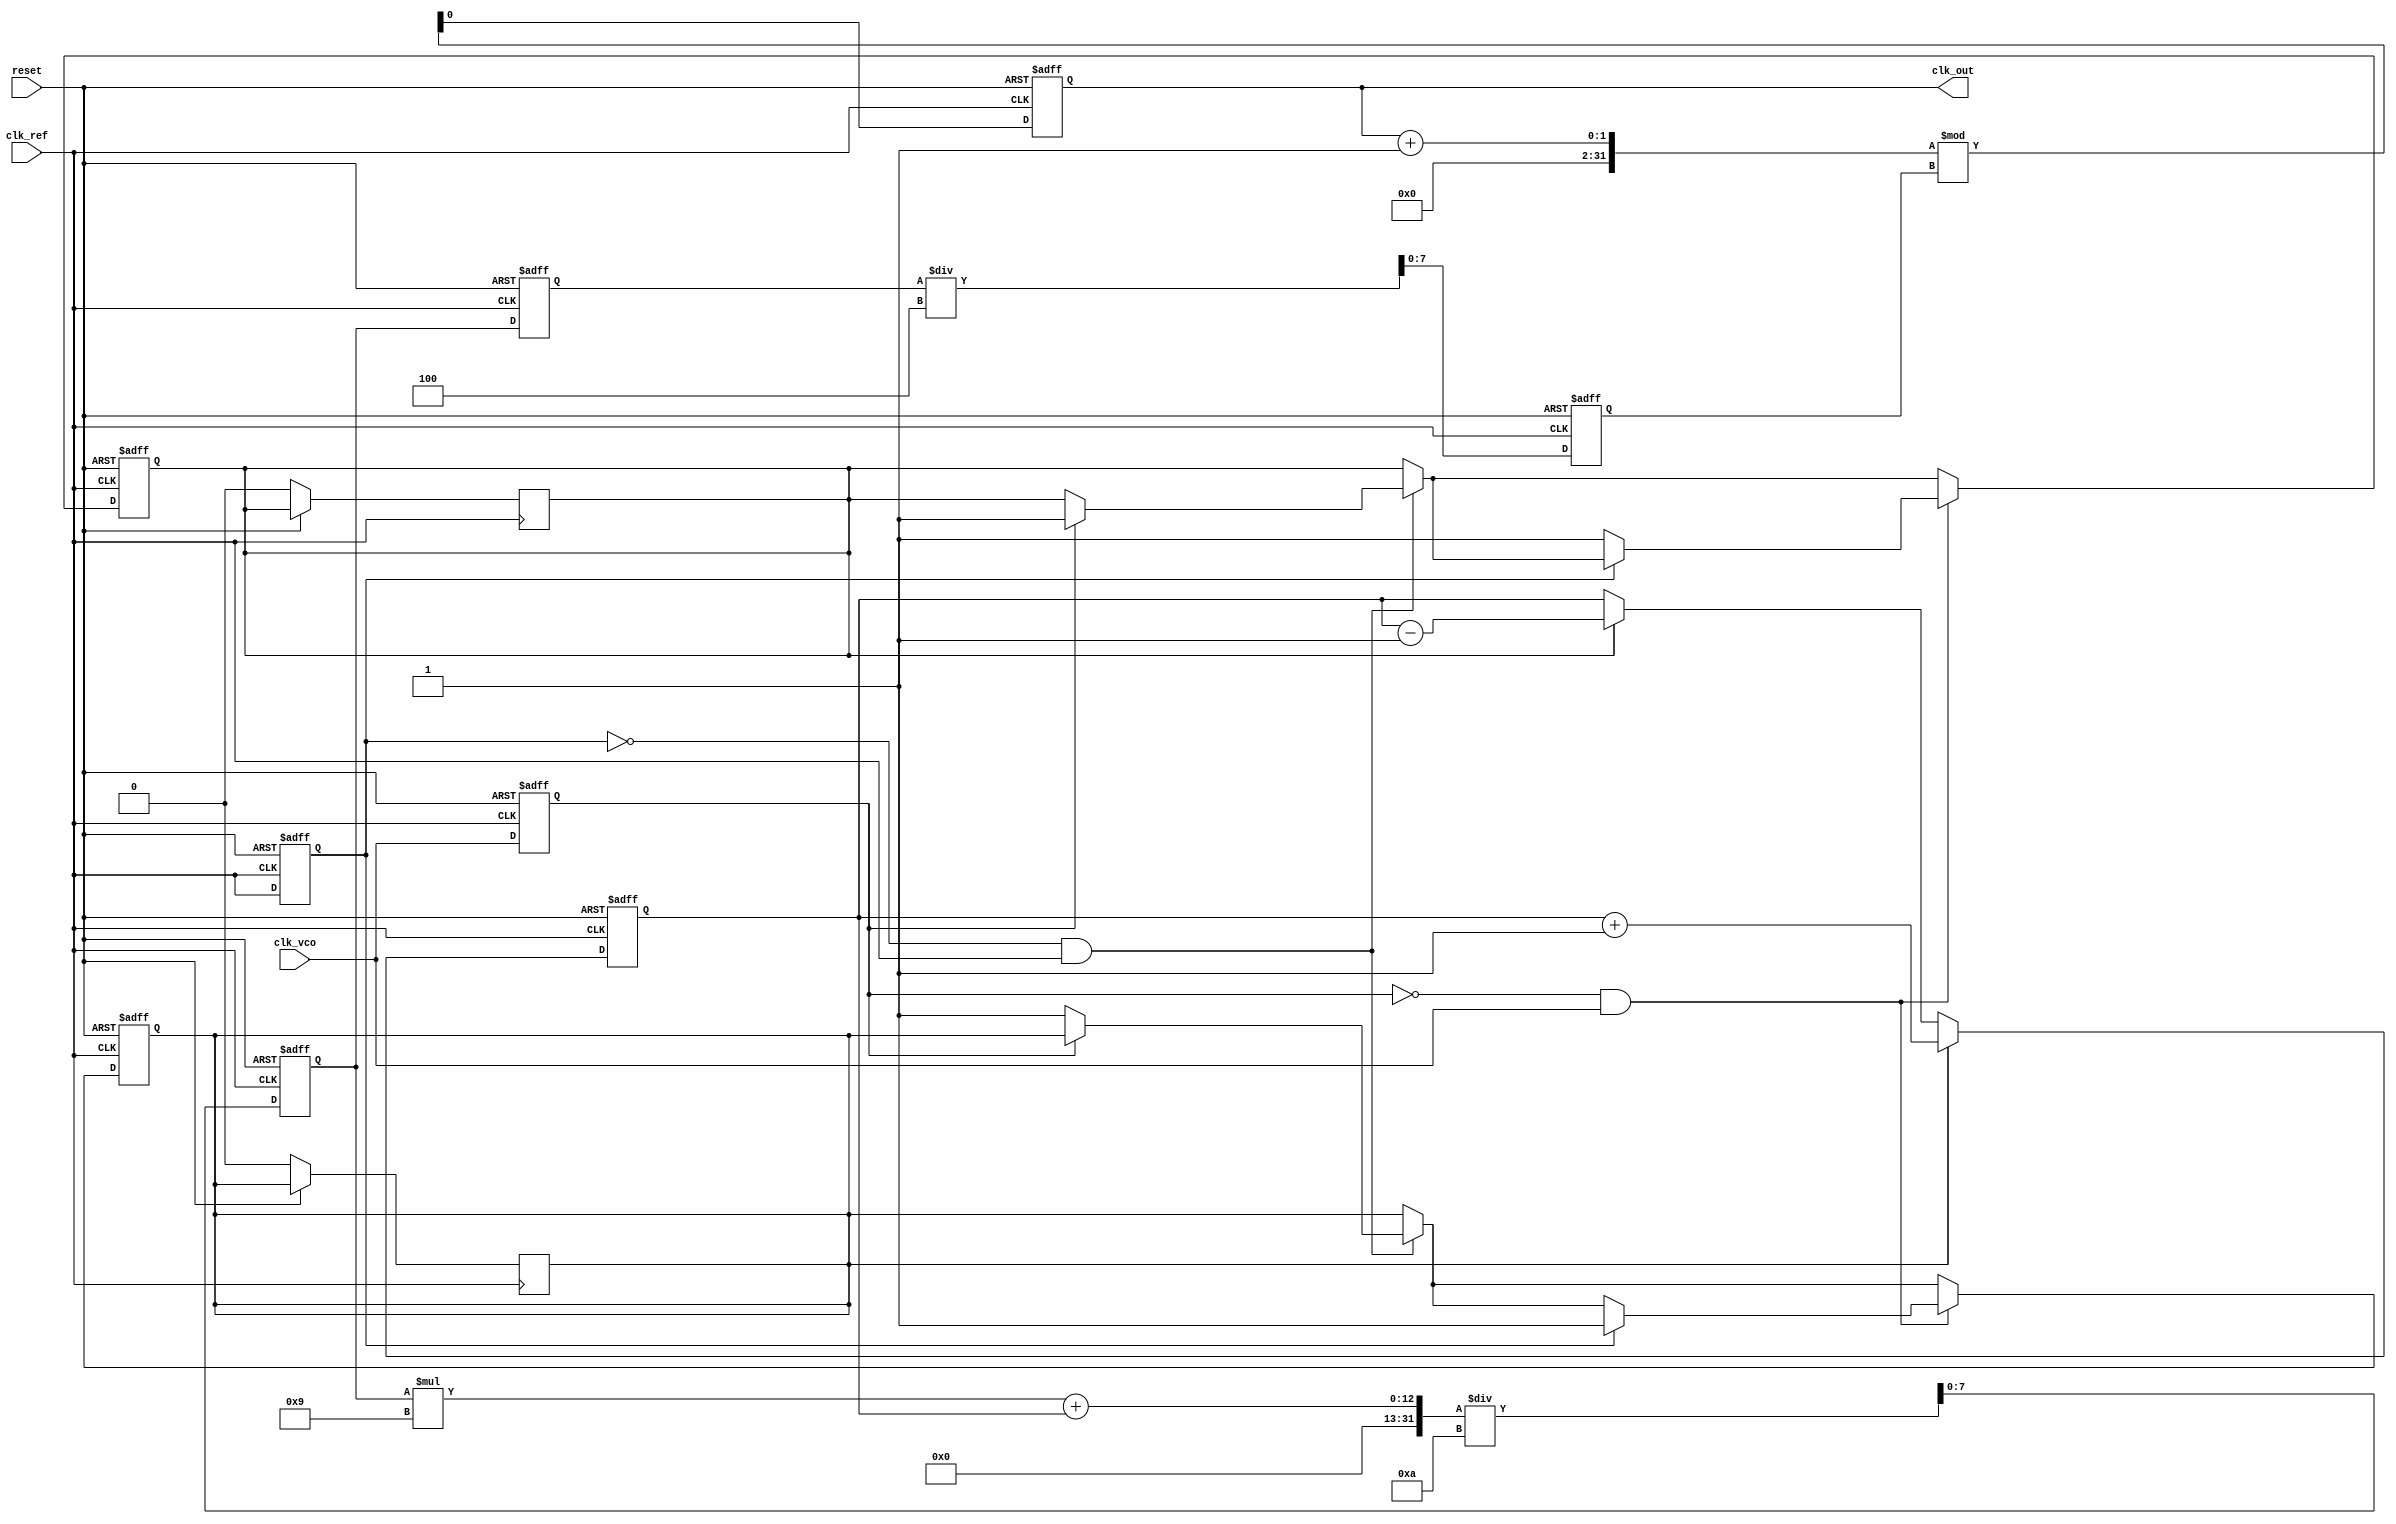
module cp_pll (
    input wire clk_ref,        // Reference clock input
    input wire clk_vco,        // VCO clock output (feedback)
    input wire reset,          // Asynchronous reset
    output reg clk_out         // Output clock
);

// Parameters for the PLL
parameter N = 4;              // VCO division factor
parameter CP_CURRENT = 1;     // Charge pump current (arbitrary units)
parameter LF_TIME_CONSTANT = 10; // Loop filter time constant

// PFD signals
reg pfd_up, pfd_down;
reg pfd_clk_ref_last, pfd_clk_vco_last;

// Charge Pump signals
reg [7:0] charge_pump_output; // Control voltage for VCO
reg [7:0] loop_filter_output;  // Filtered output voltage

// VCO frequency control
reg [7:0] vco_control_voltage;
reg [7:0] vco_frequency;

// Phase Frequency Detector (PFD)
always @(posedge clk_ref or posedge reset) begin
    if (reset) begin
        pfd_up <= 0;
        pfd_down <= 0;
        pfd_clk_ref_last <= 0;
        pfd_clk_vco_last <= 0;
    end else begin
        // Detect rising edge of reference clock
        if (!pfd_clk_ref_last && clk_ref) begin
            if (pfd_clk_vco_last) begin
                pfd_down <= 1; // VCO is ahead
            end else begin
                pfd_up <= 1; // Reference is ahead
            end
        end
        
        // Detect rising edge of VCO clock
        if (!pfd_clk_vco_last && clk_vco) begin
            if (pfd_clk_ref_last) begin
                pfd_up <= 1; // Reference is ahead
            end else begin
                pfd_down <= 1; // VCO is ahead
            end
        end
        
        // Store last states
        pfd_clk_ref_last <= clk_ref;
        pfd_clk_vco_last <= clk_vco;
    end
end

// Charge Pump
always @(posedge clk_ref or posedge reset) begin
    if (reset) begin
        charge_pump_output <= 0;
    end else begin
        if (pfd_up) begin
            charge_pump_output <= charge_pump_output + CP_CURRENT; // Source current
        end else if (pfd_down) begin
            charge_pump_output <= charge_pump_output - CP_CURRENT; // Sink current
        end
        // Reset UP/DOWN signals
        pfd_up <= 0;
        pfd_down <= 0;
    end
end

// Loop Filter (simple first-order)
always @(posedge clk_ref or posedge reset) begin
    if (reset) begin
        loop_filter_output <= 0;
    end else begin
        loop_filter_output <= (loop_filter_output * (LF_TIME_CONSTANT - 1) + charge_pump_output) / LF_TIME_CONSTANT;
    end
end

// Voltage-Controlled Oscillator (VCO)
always @(posedge clk_ref or posedge reset) begin
    if (reset) begin
        vco_control_voltage <= 0;
        vco_frequency <= 0;
        clk_out <= 0;
    end else begin
        vco_control_voltage <= loop_filter_output;
        // Simple frequency control based on control voltage
        vco_frequency <= vco_control_voltage / N; // Divide by N for feedback
        // Generate output clock based on VCO frequency
        clk_out <= (clk_out + 1) % vco_frequency; // Simple clock generation
    end
end

endmodule